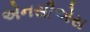
એનસીએસ